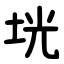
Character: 垙